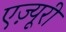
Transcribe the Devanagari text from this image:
एज़्यूरी